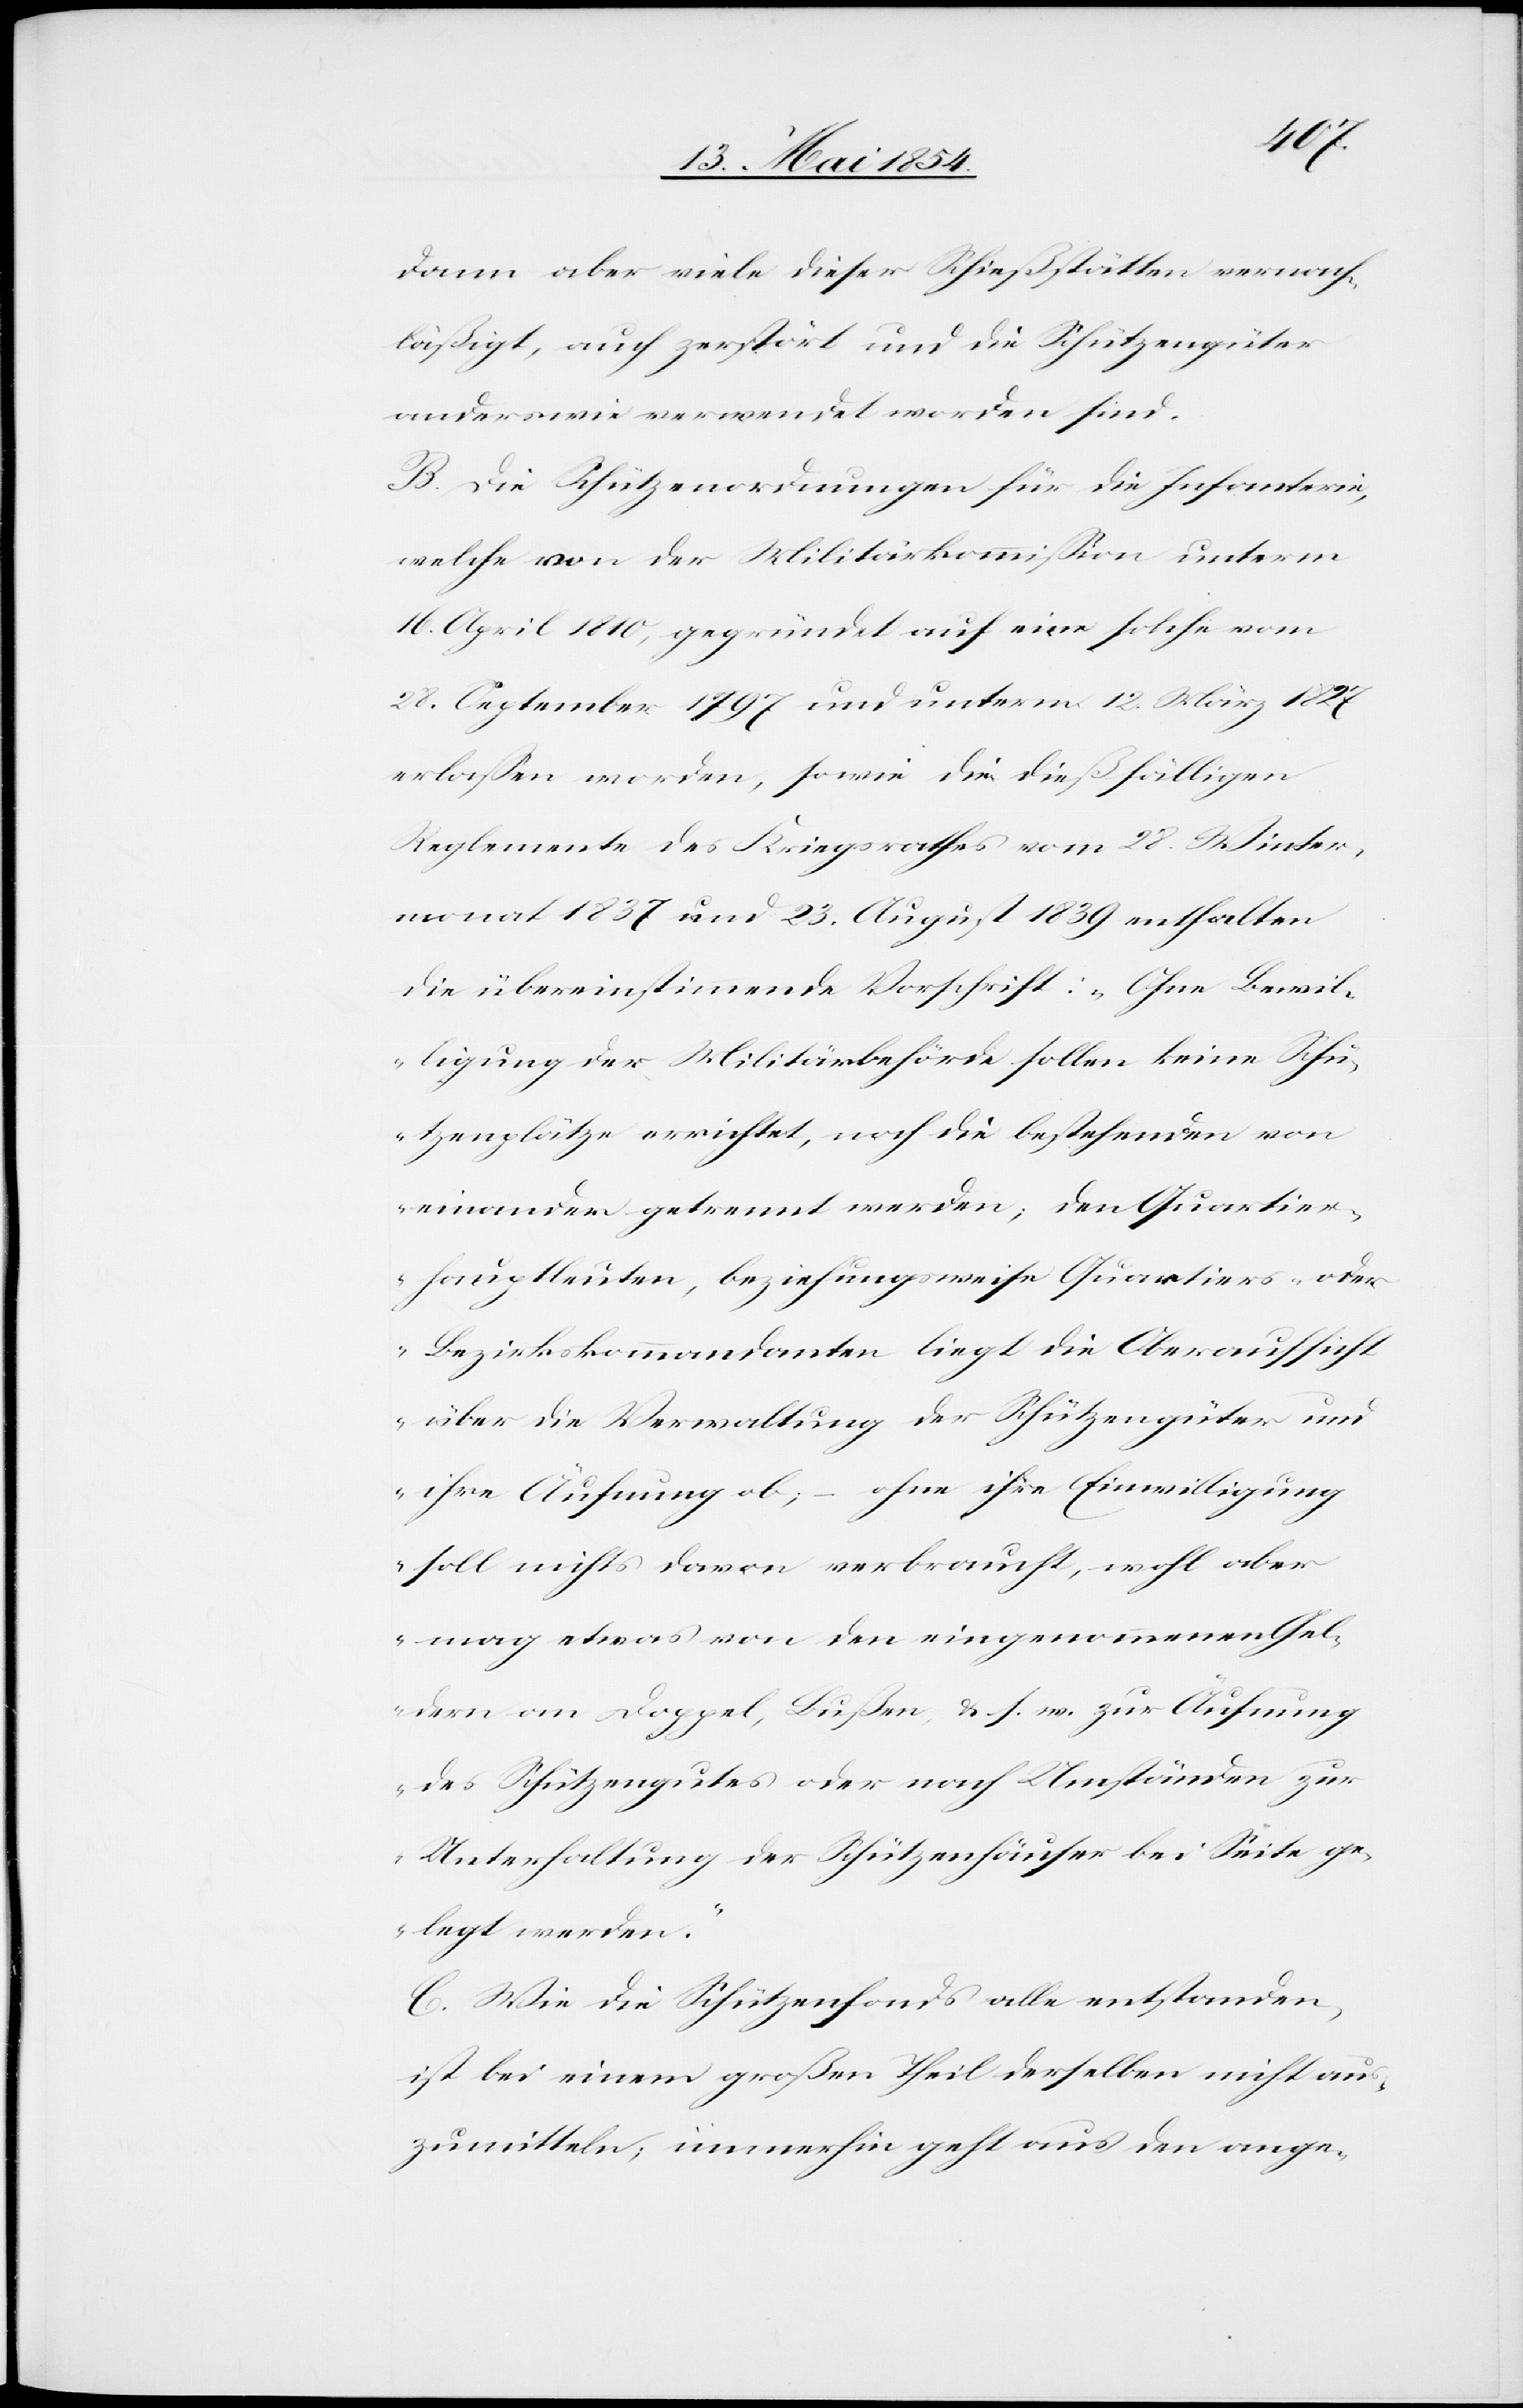
dann aber viele dieser Schießstätten vernach¬
läßigt, auch zerstört und die Schützengüter
anderswie verwendet worden sind.
B. Die Schützenordnungen für die Infanterie,
welche von der Militärkommißion unterm
16. April 1810, gegründet auf eine solche vom
28. September 1797 und unterm 12. März 1827
erlaßen worden, sowie die dießfälligen
Reglemente des Kriegsrathes vom 28. Winter¬
monat 1837 und 23. August 1839 enthalten
die übereinstimmende Vorschrift: „Ohne Bewil¬
ligung der Militärbehörde sollen keine Schü¬
tzenplätze errichtet, noch die bestehenden von
einander getrennt werden; den Quartier¬
hauptleuten, beziehungsweise Quartiers- oder
Bezirkskommandanten liegt die Oberaufsicht
über die Verwaltung der Schützengüter und
ihre Äufnung ob; – ohne ihre Einwilligung
soll nichts davon verbraucht, wohl aber
mag etwas von den eingenommenen Gel¬
dern an Doppel, Bußen, u. s. w. zur Äufnung
des Schützengutes oder nach Umständen zur
Unterhaltung der Schützenhäuser bei Seite ge¬
legt werden.“
C. Wie die Schützenfonds alle entstanden,
ist bei einem großen Theil derselben nicht aus¬
zumitteln; immerhin geht aus den ange-